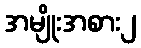
အမျိုးအစား၂